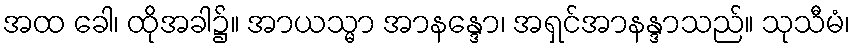
အထ ခေါ၊ ထိုအခါ၌။ အာယသ္မာ အာနန္ဒော၊ အရှင်အာနန္ဒာသည်။ သုသီမံ၊